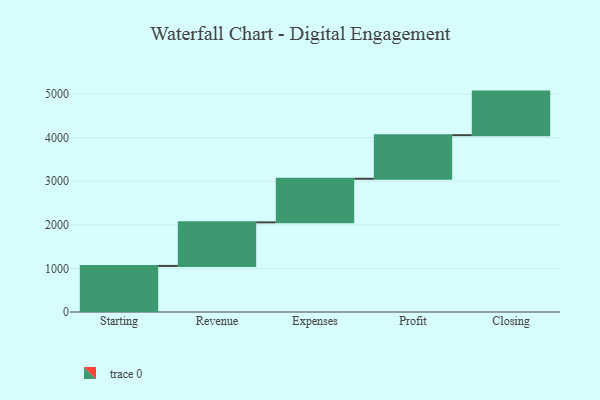
{"axis": {"x": "Step", "y": "Value"}, "legend": [""], "data": [{"x": "Starting", "y": 1057.0, "type": ""}, {"x": "Revenue", "y": 1000, "type": ""}, {"x": "Expenses", "y": 1000, "type": ""}, {"x": "Profit", "y": 1000, "type": ""}, {"x": "Closing", "y": 1000, "type": ""}]}